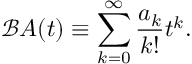
{ \mathcal { B } } A ( t ) \equiv \sum _ { k = 0 } ^ { \infty } { \frac { a _ { k } } { k ! } } t ^ { k } .